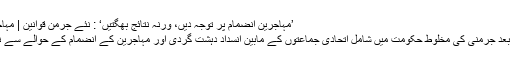
’مہاجرين انضمام پر توجہ ديں، ورنہ نتائج بھگتيں‘ : نئے جرمن قوانين | مہاجرین کا بحران | DW | 15.04.2016
کئی ماہ سے جاری بحث و مباحثے کے بعد جرمنی کی مخلوط حکومت ميں شامل اتحادی جماعتوں کے مابين انسداد دہشت گردی اور مہاجرين کے انضمام کے حوالے سے نئے قوانين پر اتفاق رائے قائم ہو گيا ہے۔